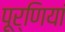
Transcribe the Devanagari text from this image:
पूर्णियां